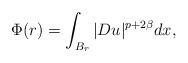
LaTeX: \begin{align*}\Phi (r) = \displaystyle\int_{B_r} |Du|^{p+2\beta} dx , \end{align*}